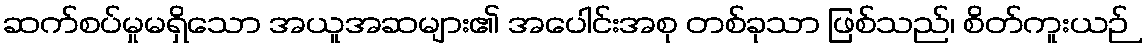
ဆက်စပ်မှုမရှိသော အယူအဆများ၏ အပေါင်းအစု တစ်ခုသာ ဖြစ်သည်၊ စိတ်ကူးယဉ်